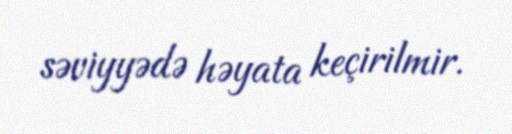
səviyyədə həyata keçirilmir.